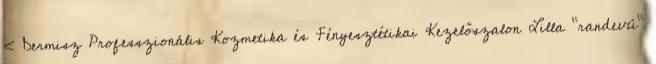
‹ Dermisz Professzionális Kozmetika és Fényesztétikai Kezelőszalon Lilla “randevú”